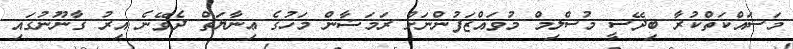
މަސައްކަތްކުރާ ބިދޭސީ މުސްލިމް މުވައްޒަފުންނަށް ރަމަޟާން މަހުގެ ޢިނާޔަތް ދެވޭނެ އިރު ގާނޫނުގައި